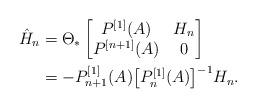
LaTeX: \begin{align*}\hat H_n&=\Theta_*\begin{bmatrix}P^{[1]}(A) &H_n\\P^{[n+1]}(A)&0\end{bmatrix}\\&=-P_{n+1}^{[1]}(A)\big[P_n^{[1]}(A)\big]^{-1}H_n.\end{align*}